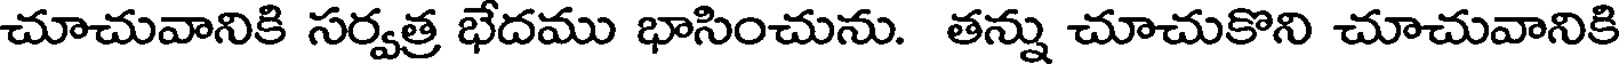
చూచువానికి సర్వత్ర భేదము భాసించును. తన్ను చూచుకొని చూచువానికి